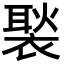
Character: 褧